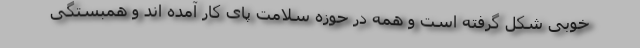
خوبی شکل گرفته است و همه در حوزه سلامت پای کار آمده اند و همبستگی